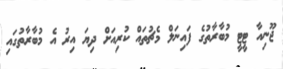
ޖޫނިއާ ޓީޓީ މުބާރާތުގެ ފައިނަލް މެޗުތައް ކުރިއަށް ދިޔަ އިރު އެ މުބާރާތުގައި